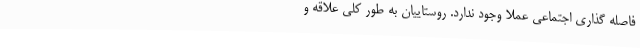
فاصله گذاری اجتماعی عملا وجود ندارد. روستاییان به طور کلی علاقه و